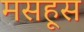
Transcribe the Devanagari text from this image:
मसहूस